Leningradi_Edasi_toimetus, lk 214
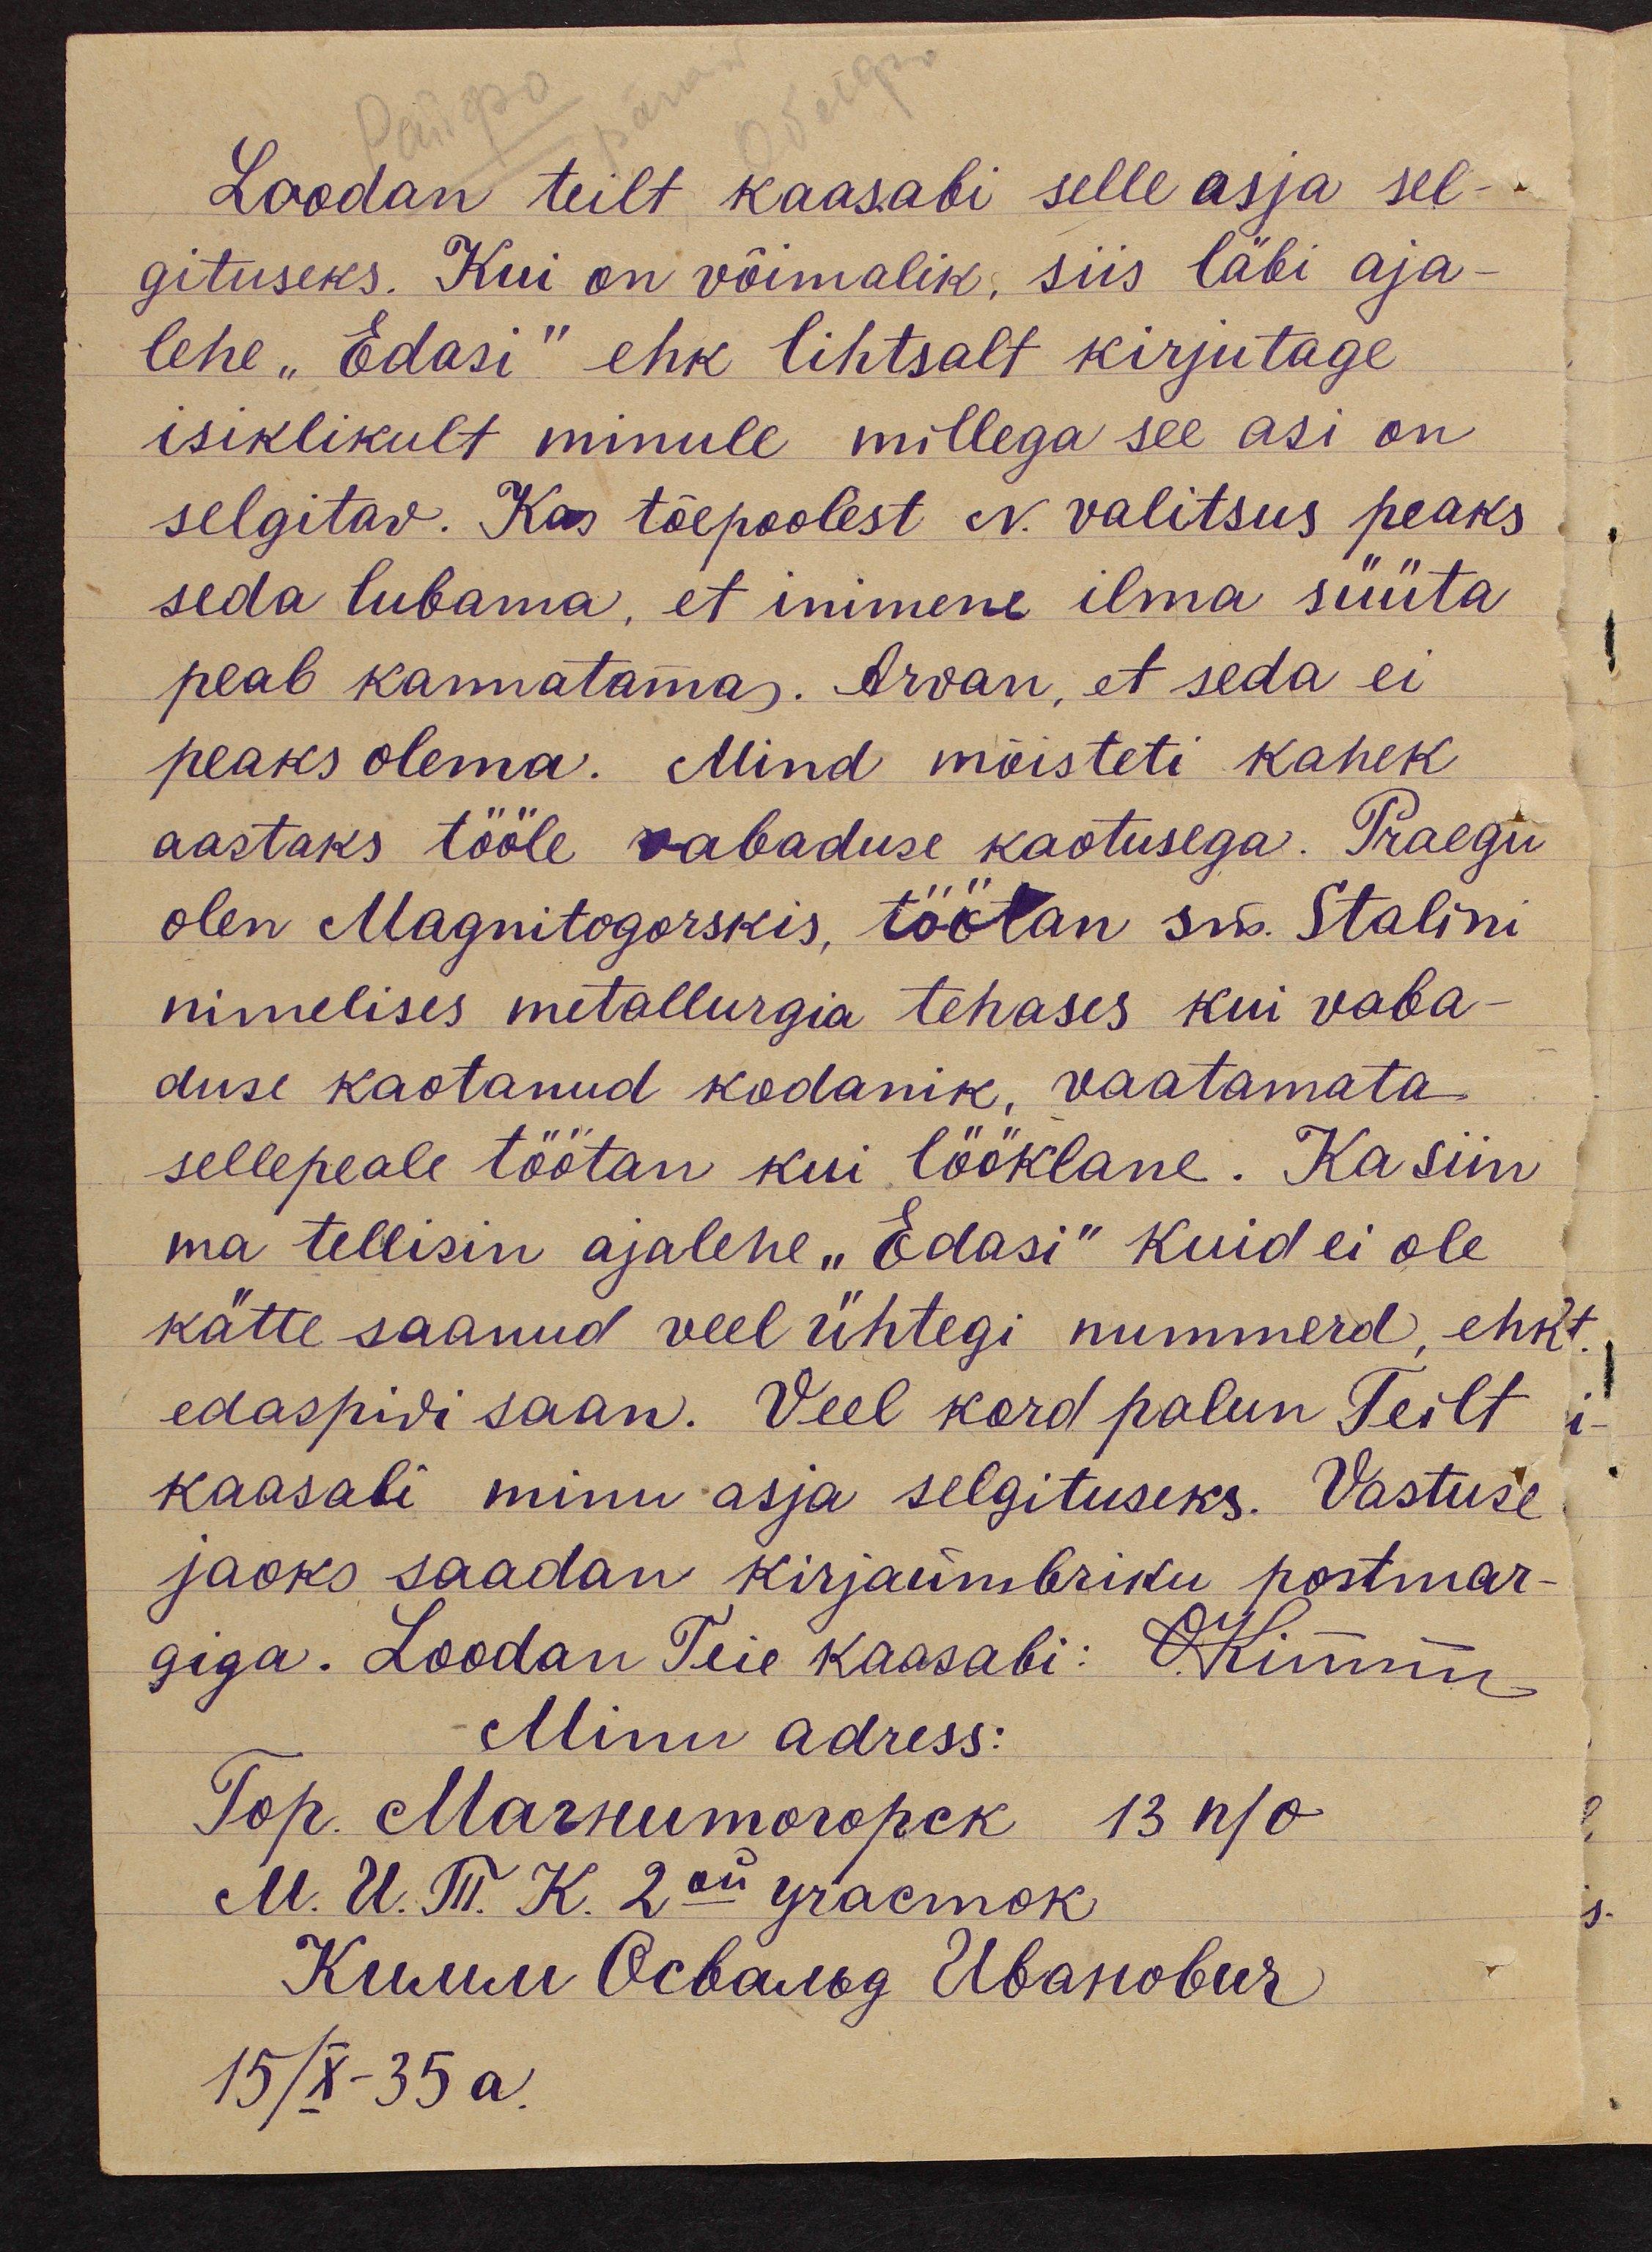
Loodan teilt kaasabi selle asja sel-
gituseks. Kui on võimalik, siis läbi aja-
lehe "Edasi" ehk lihtsalt kirjutage
isiklikult minule millega see asi on
selgitav. Kas tõepoolest N. valitsus peaks
seda lubama, et inimene ilma süüta
peab kannatama. Arvan, et seda ei
peaks olema. Mind mõisteti kahek
aastaks tööle vabaduse kaotusega. Praegu
olen Magnitogorskis, töötan sm. Stalini
nimelises metallurgia tehases kui vaba-
duse kaotanud kodanik, vaatamata-
sellepeale töötan kui lööklane. Ka siin
ma tellisin ajalehe "Edasi" kuid ei ole
kätte saanud veel ühtegi nummerd, ehk
edaspidi saan. Veel kord palun Teilt
kaasabi minu asja selgituseks. Vastuse
jaoks saadan kirjaübriku postmar-
giga. Loodan Teie kaasabi: O Kimm
Minu adress:
15/X-35a.